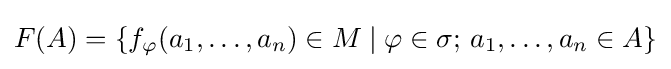
F(A)=\{f_{\varphi }(a_{1},\dots ,a_{n})\in M\mid \varphi \in \sigma ;\,a_{1},\dots ,a_{n}\in A\}